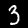
Digit: 3